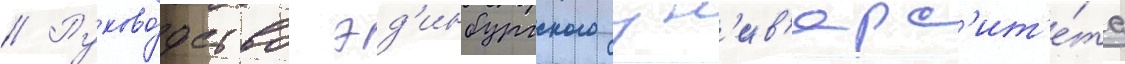
// Руково́дство эд'инбургского ун'ив'ерс'ит'е́та